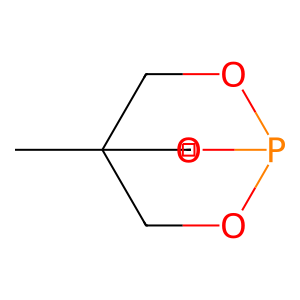
SMILES: CC12COP(OC1)OC2
Inhibits HIV replication: No